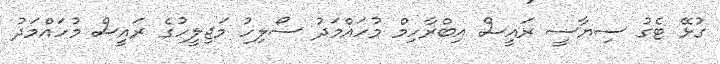
ގުޅޭ ޓެގު ސިޔާސީ ރައީސް އިބްރާހިމް މުހައްމަދު ސޯލިހު މަޖިލީހުގެ ރައީސް މުހައްމަދު